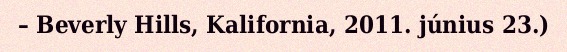
– Beverly Hills, Kalifornia, 2011. június 23.)